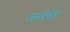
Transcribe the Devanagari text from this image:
जम्बेश्वर